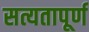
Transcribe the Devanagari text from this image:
सत्यतापूर्ण